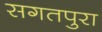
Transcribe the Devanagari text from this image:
सगतपुरा